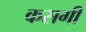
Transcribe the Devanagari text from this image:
कसगी